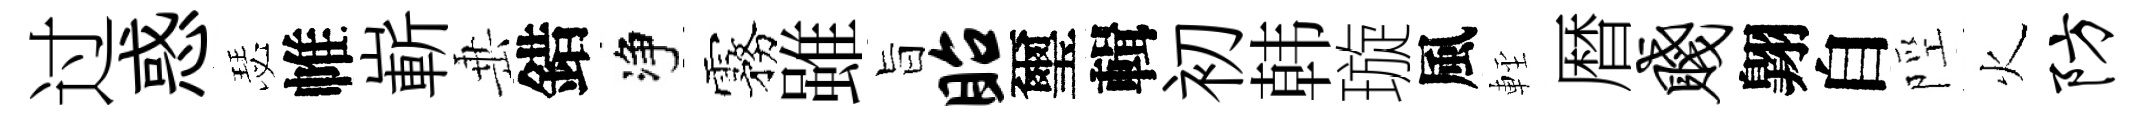
过惑瑟帷嶄𡸁錯净霧雖旨眙璽輯初韩璇風䡖暦贱翺自陘火防